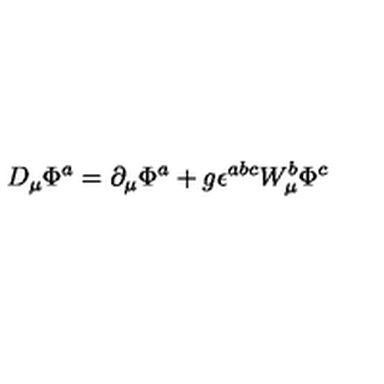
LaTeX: D _ { \mu } \Phi ^ { a } = \partial _ { \mu } \Phi ^ { a } + g \epsilon ^ { a b c } W _ { \mu } ^ { b } \Phi ^ { c }